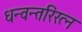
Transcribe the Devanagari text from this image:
धन्वन्तरिरत्न